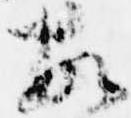
故